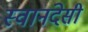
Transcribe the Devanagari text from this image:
स्वानंदेसी